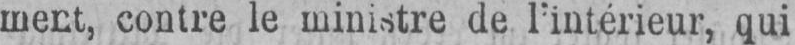
ment, contre le ministre de l’intérieur, qui